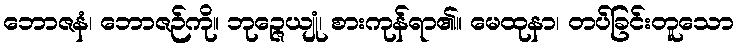
ဘောဇနံ၊ ဘောဇဉ်ကို။ ဘုဉ္ဇေယျုံ၊ စားကုန်ရာ၏။ မေထုနာ၊ တပ်ခြင်းတူသော